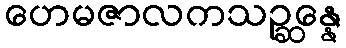
ဟေမဇာလကသဉ္ဆန္နေ